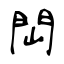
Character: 閊